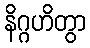
နိဂ္ဂဟိတွာ